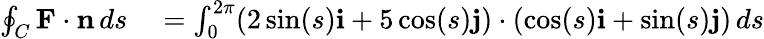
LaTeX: \begin{array}{rl}{\oint_{C}\mathbf{F}\cdot\mathbf{n}\, ds}&{{}=\int_{0}^{2\pi}(2\sin(s)\mathbf{i}+5\cos(s)\mathbf{j})\cdot(\cos(s)\mathbf{i}+\sin(s)\mathbf{j})\, ds}\end{array}